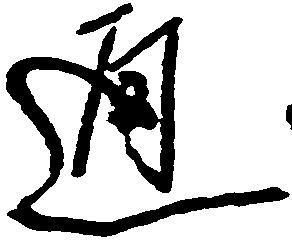
通